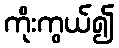
ကိုးကွယ်၍